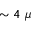
\sim 4 ~ \mu